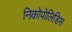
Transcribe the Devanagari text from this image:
निकोपोलिडिस